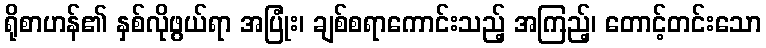
ရိုစာဟန်၏ နှစ်လိုဖွယ်ရာ အပြုံး၊ ချစ်စရာကောင်းသည့် အကြည့်၊ တောင့်တင်းသော